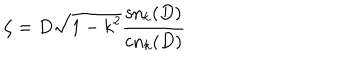
\zeta = D \sqrt { 1 - k ^ { 2 } } \frac { \mathrm { s n } _ { k } ( D ) } { \mathrm { c n } _ { k } ( D ) }